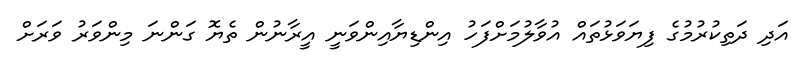
އަދި ދަތިކުރުމުގެ ފިޔަވަޅުތައް އުވާލުމަށްފަހު އިންޑިޔާއިންވަނީ އީރާނުން ތެޔޮ ގަންނަ މިންވަރު ވަރަށް